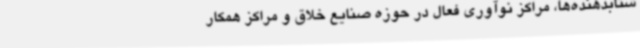
شتابدهنده‌ها، مراکز نوآوری فعال در حوزه صنایع خلاق و مراکز همکار